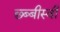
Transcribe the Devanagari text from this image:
छ्ब्बीस्वी